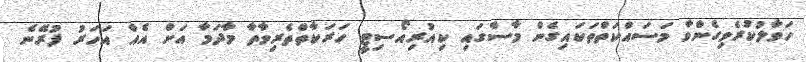
ހަވާލުކުރެވިގެންވާ މަސައްކަތްތަކައިގެން މާސްގައި ކިއުރިއޯސިޓީ ހަރަކާތްތެރިވާތާ މާދަމާ އަށް އެއް އަހަރު ފުރޭނެ